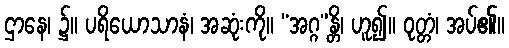
ဌာနေ၊ ၌။ ပရိယောသာနံ၊ အဆုံးကို။ “အဂ္ဂ”န္တိ၊ ဟူ၍။ ဝုတ္တံ၊ အပ်၏။